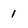
Character: 1